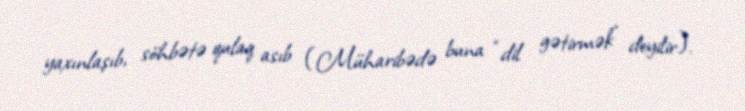
yaxınlaşıb, söhbətə qulaq asıb (Müharibədə buna “dil gətirmək” deyilir).